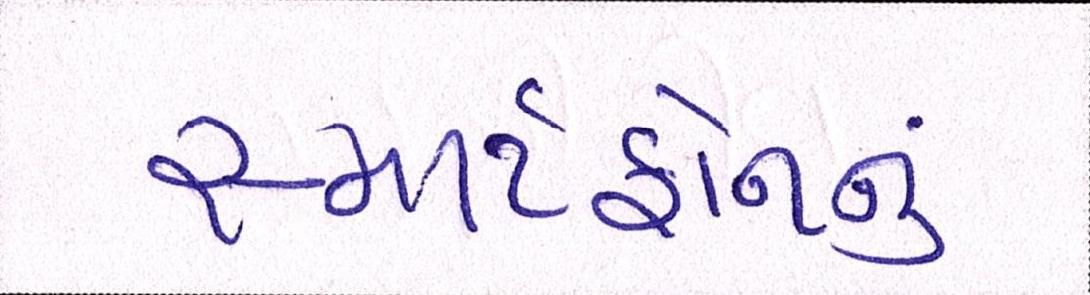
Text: સ્માર્ટફોનનું